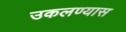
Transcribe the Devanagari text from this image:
उकलण्यास